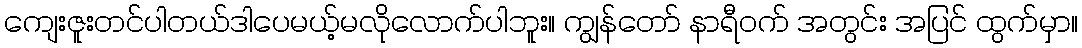
ကျေးဇူးတင်ပါတယ်ဒါပေမယ့်မလိုလောက်ပါဘူး။ ကျွန်တော် နာရီဝက် အတွင်း အပြင် ထွက်မှာ။